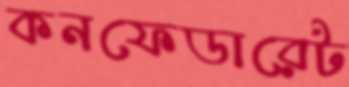
কনফেডারেট